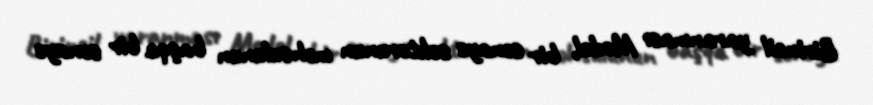
Birincil yaranması Model, bir sənaye sektorunun məhsulunun başqa bir sənaye